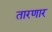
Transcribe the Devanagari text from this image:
तारणार